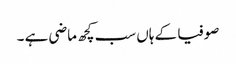
صوفیا کے ہاں سب کچھ ماضی ہے ۔